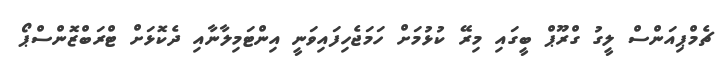
ޗެމްޕިއަންސް ލީގު ގްރޫޕް ބީގައި މިރޭ ކުޅުމަށް ހަމަޖެހިފައިވަނީ އިންޓަމިލާނާއި ދެކޮޅަށް ޓްރަބްޒޮންސްޕޯ